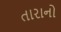
તારાનો